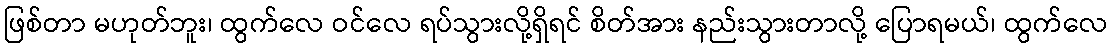
ဖြစ်တာ မဟုတ်ဘူး၊ ထွက်လေ ဝင်လေ ရပ်သွားလို့ရှိရင် စိတ်အား နည်းသွားတာလို့ ပြောရမယ်၊ ထွက်လေ